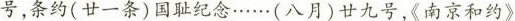
号，条约(甘一条)国耻纪念……(八月)廿九号，《南京和约》